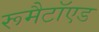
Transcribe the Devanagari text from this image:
रूमैटॉएड